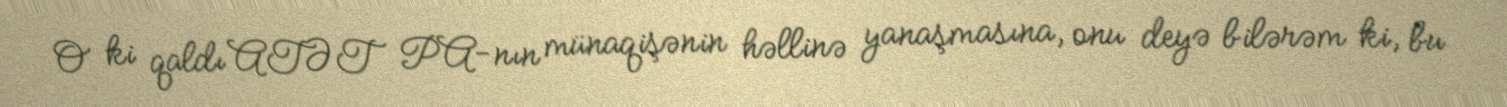
O ki qaldı ATƏT PA-nın münaqişənin həllinə yanaşmasına, onu deyə bilərəm ki, bu